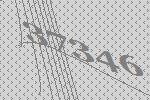
37346